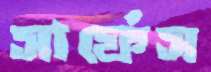
সার্ফেস